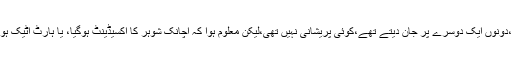
میاں بیوی میں بڑی محبت تھی،دونوں ایک دوسرے پر جان دیتے تھے،کوئی پریشانی نہیں تھی،لیکن معلوم ہوا کہ اچانک شوہر کا اکسیڈینٹ ہوگیا، یا ہارٹ اٹیک ہوگیا،اب عورت کہاں جائے گی؟